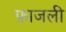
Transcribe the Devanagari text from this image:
फ़ाजली